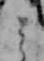
と